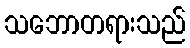
သဘောတရားသည်